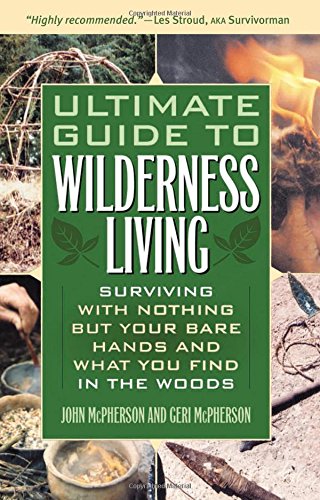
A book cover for Ultimate Guide to Wilderness Living: Surviving with Nothing But Your Bare Hands and What You Find in the Woods; John McPherson; Crafts, Hobbies & Home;